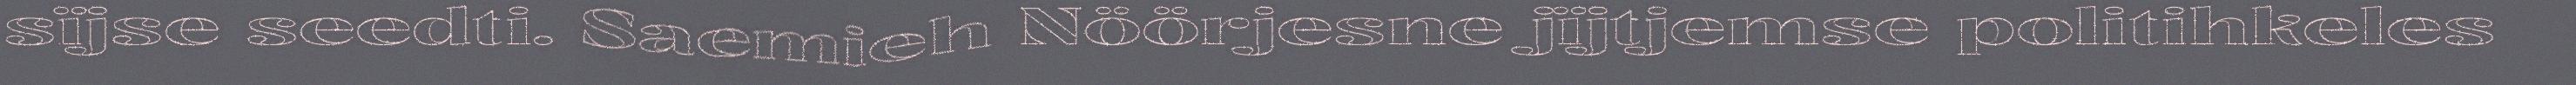
sïjse seedti. Saemieh Nöörjesne jïjtjemse politihkeles